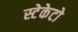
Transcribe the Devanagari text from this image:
स्टेकेटो